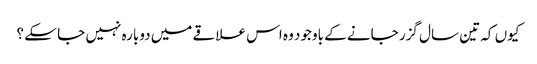
کیوں کہ تین سال گزر جانے کے باوجود وہ اس علاقے میں دوبارہ نہیں جا سکے ؟